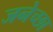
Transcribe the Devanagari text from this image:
जनेच्छा